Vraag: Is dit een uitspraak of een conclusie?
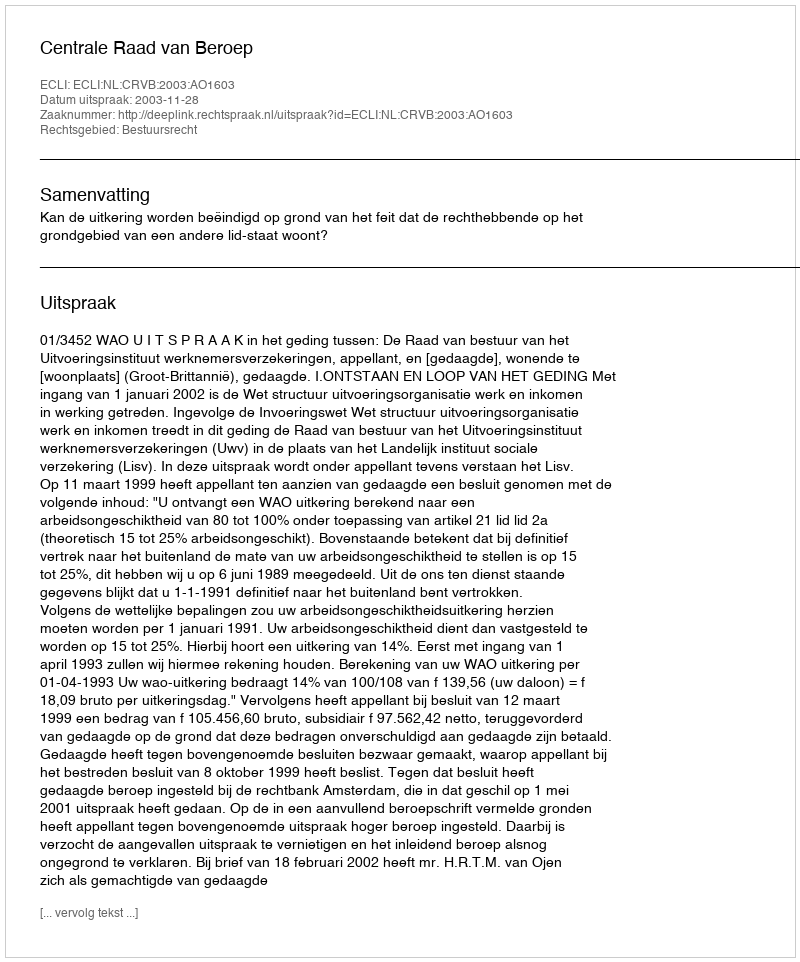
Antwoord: Uitspraak